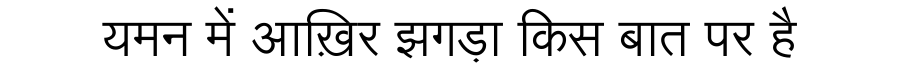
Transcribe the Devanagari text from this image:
यमन में आख़िर झगड़ा किस बात पर है